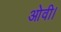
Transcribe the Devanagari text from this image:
ओवी।